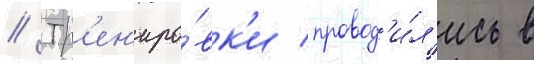
// Тр'ен'иро́вк'и провод'и́л'ись в